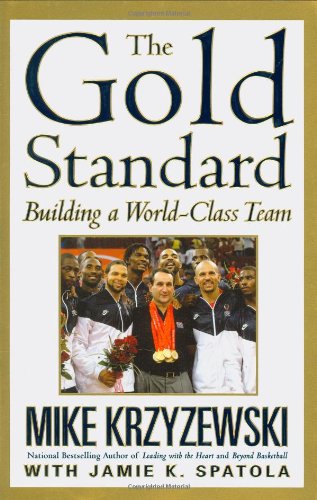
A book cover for The Gold Standard: Building a World-Class Team; Mike Krzyzewski; Sports & Outdoors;